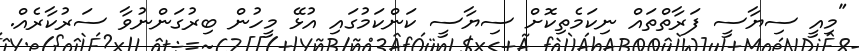
"މިއީ ސިޔާސީ ފަރާތްތައް ނިކަމެތިކޮށް ސިޔާސީ ކަންކަަމުގައި އުޅޭ މީހުން ބިރުގަންނުވާ ސަރުކާރެއް.